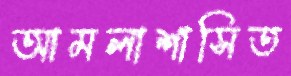
আমলাশাসিত